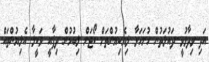
އަދި ވިދާޅުވީ ދައުލަތުން ހުށަހަޅާ ލިޔެކިޔުންތަށް ކޯޓަށް ލިބުމުން ދިފާއީ ވަކީލާ އެލިޔުންތައް